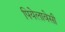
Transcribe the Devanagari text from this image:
पियेलावेसी